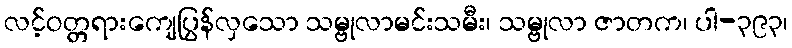
လင့်ဝတ္တရားကျေပြွန်လှသော သမ္ဗုလာမင်းသမီး၊ သမ္ဗုလာ ဇာတက၊ ပါ-၃၉၃၊